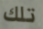
تلك